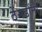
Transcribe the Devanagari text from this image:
ठेंगडींनी